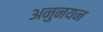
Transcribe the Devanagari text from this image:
अनुनयन